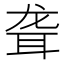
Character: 聋